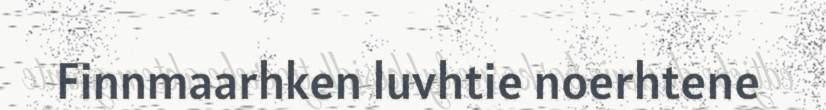
Finnmaarhken luvhtie noerhtene